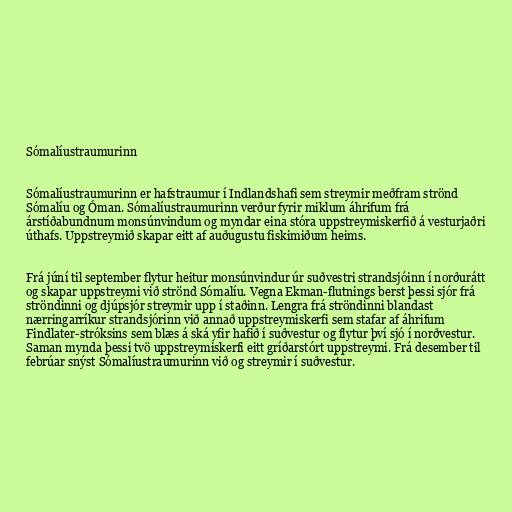
Sómalíustraumurinn

Sómalíustraumurinn er hafstraumur í Indlandshafi sem streymir meðfram strönd
Sómalíu og Óman. Sómalíustraumurinn verður fyrir miklum áhrifum frá
árstíðabundnum monsúnvindum og myndar eina stóra uppstreymiskerfið á vesturjaðri
úthafs. Uppstreymið skapar eitt af auðugustu fiskimiðum heims.

Frá júní til september flytur heitur monsúnvindur úr suðvestri strandsjóinn í norðurátt
og skapar uppstreymi við strönd Sómalíu. Vegna Ekman-flutnings berst þessi sjór frá
ströndinni og djúpsjór streymir upp í staðinn. Lengra frá ströndinni blandast
nærringarríkur strandsjórinn við annað uppstreymiskerfi sem stafar af áhrifum
Findlater-stróksins sem blæs á ská yfir hafið í suðvestur og flytur því sjó í norðvestur.
Saman mynda þessi tvö uppstreymiskerfi eitt gríðarstórt uppstreymi. Frá desember til
febrúar snýst Sómalíustraumurinn við og streymir í suðvestur.